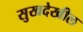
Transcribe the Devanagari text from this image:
सुखदेखील